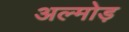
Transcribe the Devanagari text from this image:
अल्मोड़